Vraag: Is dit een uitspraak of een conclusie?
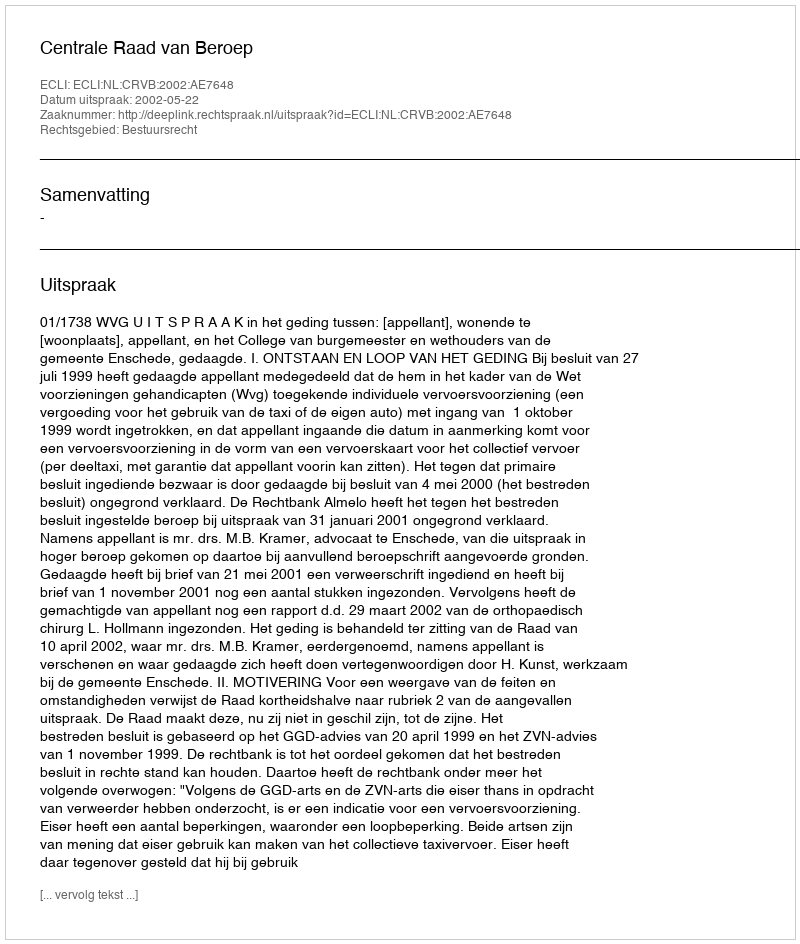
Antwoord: Uitspraak